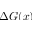
\Delta G ( x )